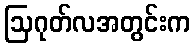
ဩဂုတ်လအတွင်းက